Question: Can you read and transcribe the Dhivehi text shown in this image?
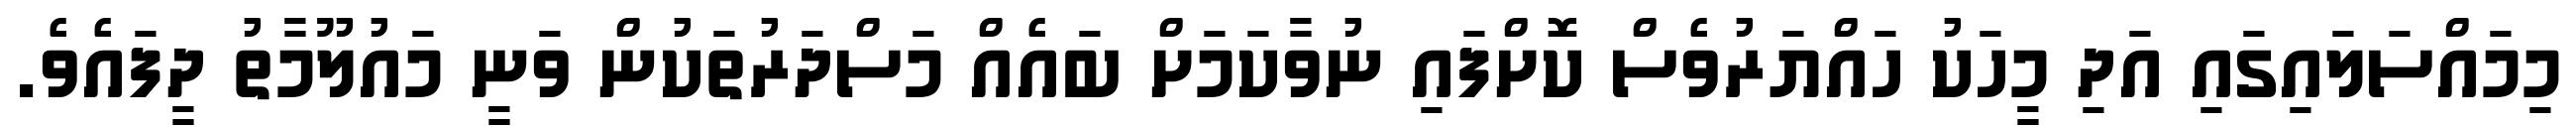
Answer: މިމައްސަލައިގައި އަދި މީހަކު ހައްޔަރުވެސް ކޮށްފައި ނުވާކަމަށް ބައެއް މަސްދަރުތަކުން ވަނީ މައުލޫމާތު ދީފައެވެ.